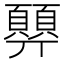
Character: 顨